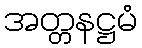
အတ္တနဋ္ဌမံ